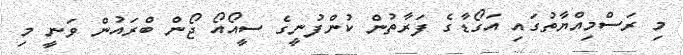
މި ރަސްމިއްޔާތުގައި އަގޯޑާގެ ފަރާތުން ކުންފުނީގެ ސީއޯއޯ ޖޯން ބްރައުން ވަނީ މި